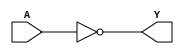
/*
 * Copyright 2020 The SkyWater PDK Authors
 *
 * Licensed under the Apache License, Version 2.0 (the "License");
 * you may not use this file except in compliance with the License.
 * You may obtain a copy of the License at
 *
 *     https://www.apache.org/licenses/LICENSE-2.0
 *
 * Unless required by applicable law or agreed to in writing, software
 * distributed under the License is distributed on an "AS IS" BASIS,
 * WITHOUT WARRANTIES OR CONDITIONS OF ANY KIND, either express or implied.
 * See the License for the specific language governing permissions and
 * limitations under the License.
 *
 * SPDX-License-Identifier: Apache-2.0
*/


`ifndef SKY130_FD_SC_LP__INVKAPWR_FUNCTIONAL_V
`define SKY130_FD_SC_LP__INVKAPWR_FUNCTIONAL_V

/**
 * invkapwr: Inverter on keep-alive power rail.
 *
 * Verilog simulation functional model.
 */

`timescale 1ns / 1ps
`default_nettype none

`celldefine
module sky130_fd_sc_lp__invkapwr (
    Y,
    A
);

    // Module ports
    output Y;
    input  A;

    // Local signals
    wire not0_out_Y;

    //  Name  Output      Other arguments
    not not0 (not0_out_Y, A              );
    buf buf0 (Y         , not0_out_Y     );

endmodule
`endcelldefine

`default_nettype wire
`endif  // SKY130_FD_SC_LP__INVKAPWR_FUNCTIONAL_V